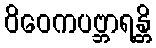
ဝိဝေကပဗ္ဘာရန္တိ